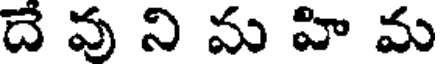
దే వు ని మ హి మ